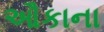
ઔકાના